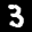
Digit: 3